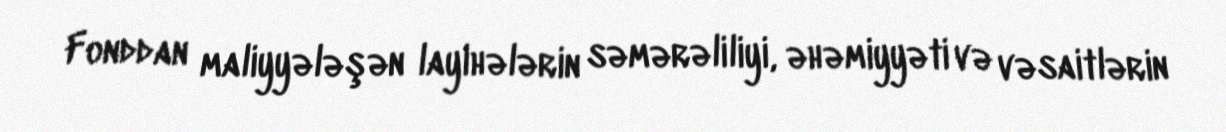
Fonddan maliyyələşən layihələrin səmərəliliyi, əhəmiyyəti və vəsaitlərin